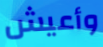
وأعيش